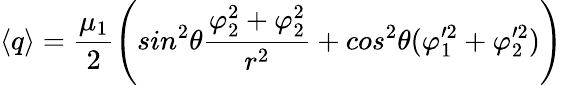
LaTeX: \langle q\rangle=\frac{\mu_{1}}{2}\left(sin^{2}\theta\frac{\varphi_{2}^{2}+\varphi_{2}^{2}}{r^{2}}+cos^{2}\theta(\varphi_{1}^{\prime 2}+\varphi_{2}^{\prime 2})\right)